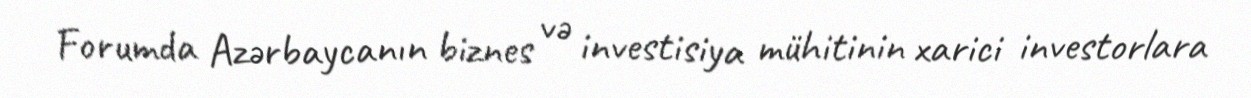
Forumda Azərbaycanın biznes və investisiya mühitinin xarici investorlara